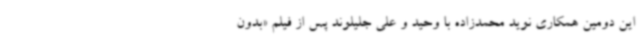
این دومین همکاری نوید محمدزاده با وحید و علی جلیلوند پس از فیلم «بدون